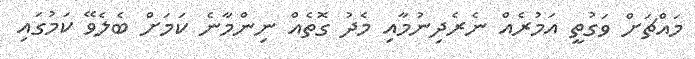
މައްޗަށް ވަގުތީ އަމުރެއް ނެރެދިނުމާއި މެދު ގޮތެއް ނިންމާނެ ކަމަށް ބެލެވޭ ކަމުގައި